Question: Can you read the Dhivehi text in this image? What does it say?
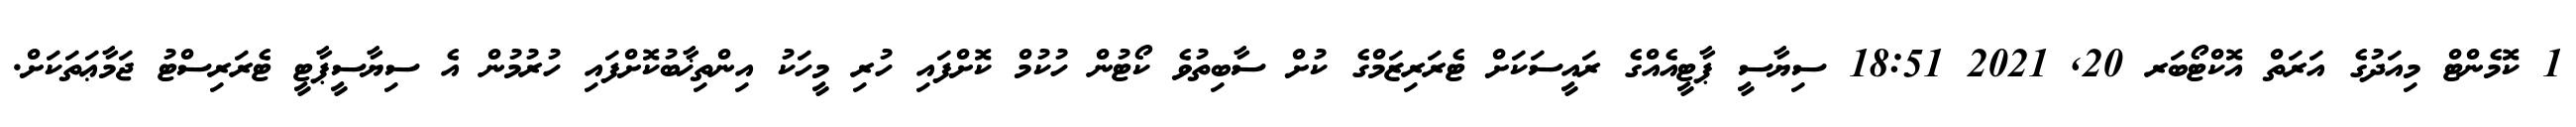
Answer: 1 ކޮމެންޓް މިއަދުގެ އަރަތް އޮކްޓޯބަރ 20, 2021 18:51 ސިޔާސީ ޕާޓީއެއްގެ ރައީސަކަށް ޓެރަރިޒަމްގެ ކުށް ސާބިތުވެ ކޯޓުން ހުކުމް ކޮށްފައި ހުރި މީހަކު އިންތިޚާބުކޮށްފައި ހުރުމުން އެ ސިޔާސީޕާޓީ ޓެރަރިސްޓު ޖަމާޢަތަކަށް.